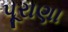
પૂરાણા